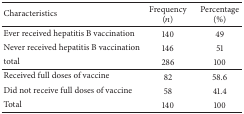
<table><thead><tr><td><b>Characteristics</b></td><td><b>Frequency (<i>n</i>)</b></td><td><b>Percentage (%)</b></td></tr></thead><tbody><tr><td>Ever received hepatitis B vaccination</td><td>140</td><td>49</td></tr><tr><td>Never received hepatitis B vaccination</td><td>146</td><td>51</td></tr><tr><td>total</td><td>286</td><td>100</td></tr><tr><td>Received full doses of vaccine</td><td>82</td><td>58.6</td></tr><tr><td>Did not receive full doses of vaccine</td><td>58</td><td>41.4</td></tr><tr><td>Total</td><td>140</td><td>100</td></tr></tbody></table>